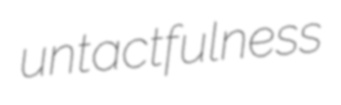
untactfulness